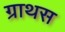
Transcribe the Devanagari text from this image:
ग्राथस